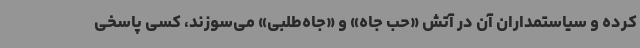
کرده و سیاستمداران آن در آتش «حب جاه» و «جاه‌طلبی» می‌سوزند، کسی پاسخی